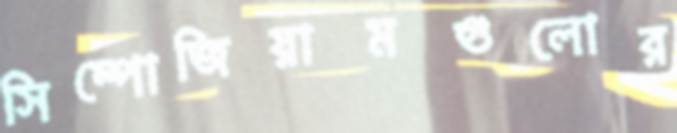
সিম্পোজিয়ামগুলোর